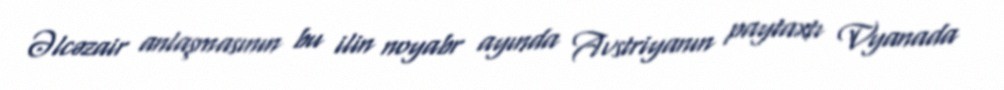
Əlcəzair anlaşmasının bu ilin noyabr ayında Avstriyanın paytaxtı Vyanada